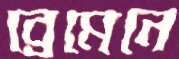
ব্রেমেনে